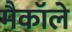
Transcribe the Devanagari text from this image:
मैकाॅले